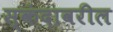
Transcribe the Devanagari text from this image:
स्कंदावरील